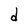
Character: d